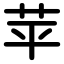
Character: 苹